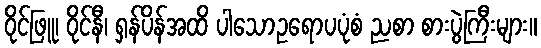
ဝိုင်ဖြူ၊ ဝိုင်နီ၊ ရှန်ပိန်အထိ ပါသောဥရောပပုံစံ ညစာ စားပွဲကြီးများ။